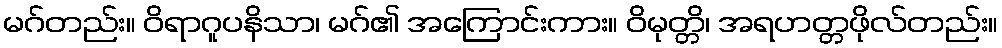
မဂ်တည်း။ ဝိရာဂူပနိသာ၊ မဂ်၏ အကြောင်းကား။ ဝိမုတ္တိ၊ အရဟတ္တဖိုလ်တည်း။